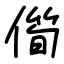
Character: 㒐